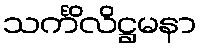
သင်္ကိလိဋ္ဌမနာ